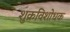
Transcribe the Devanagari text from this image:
शुक्रविशोधक